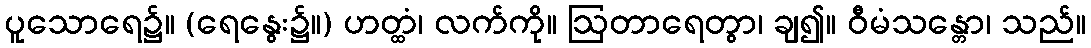
ပူသောရေ၌။ (ရေနွေး၌။) ဟတ္ထံ၊ လက်ကို။ ဩတာရေတွာ၊ ချ၍။ ဝီမံသန္တော၊ သည်။